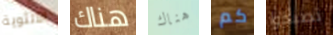
الأنثوية هناك هناك كم تصبحوا